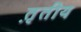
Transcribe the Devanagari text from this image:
त़ृतीय